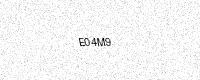
Text: E04M9